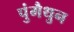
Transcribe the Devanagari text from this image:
पुंमैथुन